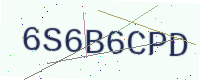
Text: 6S6B6CPD